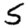
Digit: 5